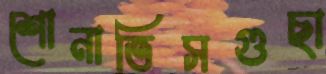
শোনাতিসগুছা